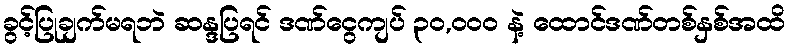
ခွင့်ပြုချက်မရဘဲ ဆန္ဒပြရင် ဒဏ်ငွေကျပ် ၃၀,၀၀၀ နဲ့ ထောင်ဒဏ်တစ်နှစ်အထိ